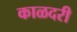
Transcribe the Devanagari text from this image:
काळदरी